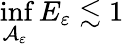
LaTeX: \operatorname*{inf}_{\mathcal A_{\varepsilon}}E_{\varepsilon}\lesssim 1